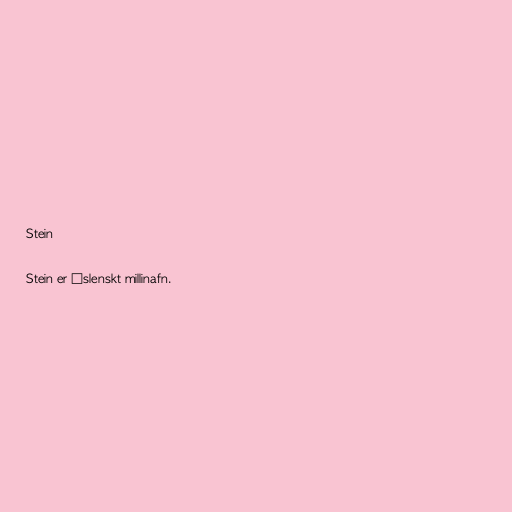
Stein

Stein er íslenskt millinafn.